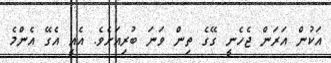
އަކުން އަަރަން ޖެހެނީ ގޭގެ ތިން ވަނަ ބުރިއަށެވެ. އެއީ އެގޭ އެންމެ